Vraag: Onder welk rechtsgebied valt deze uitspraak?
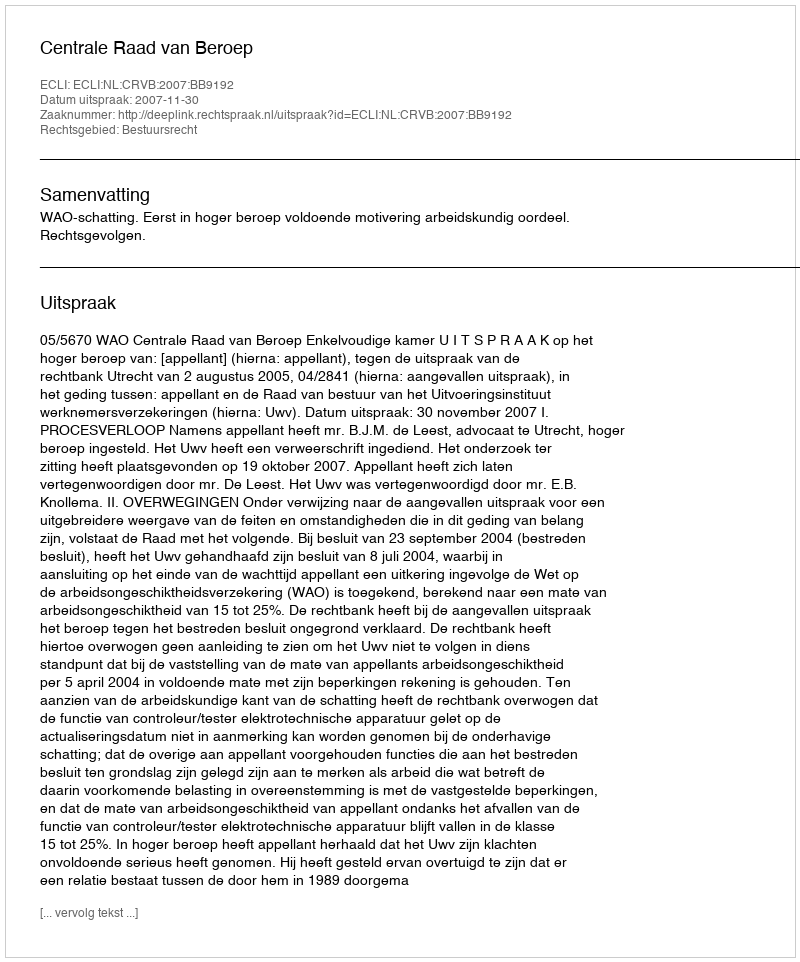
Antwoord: Bestuursrecht